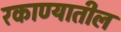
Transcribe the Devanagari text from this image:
रकाण्यातील